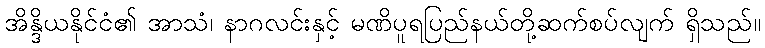
အိန္ဒိယနိုင်ငံ၏ အာသံ၊ နာဂလင်းနှင့် မဏိပူရပြည်နယ်တို့ဆက်စပ်လျက် ရှိသည်။